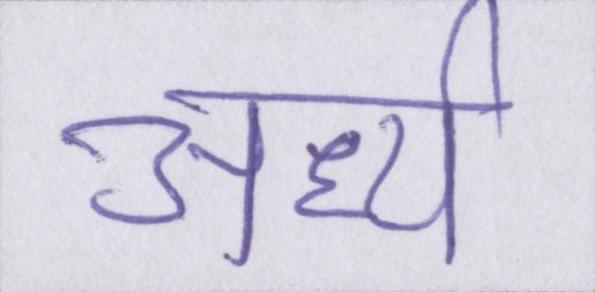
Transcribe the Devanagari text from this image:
अर्ध्य